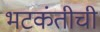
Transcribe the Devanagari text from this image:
भटकंतीची